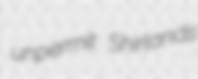
unpermit Shirlands